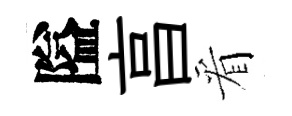
隘亯看